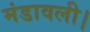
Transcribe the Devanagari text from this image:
मंडावली।